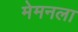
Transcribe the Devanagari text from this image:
मेमनला